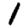
Digit: 1